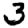
Digit: 3